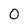
Character: O